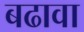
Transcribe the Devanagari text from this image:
बढावा